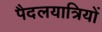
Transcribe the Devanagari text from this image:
पैदलयात्रियों